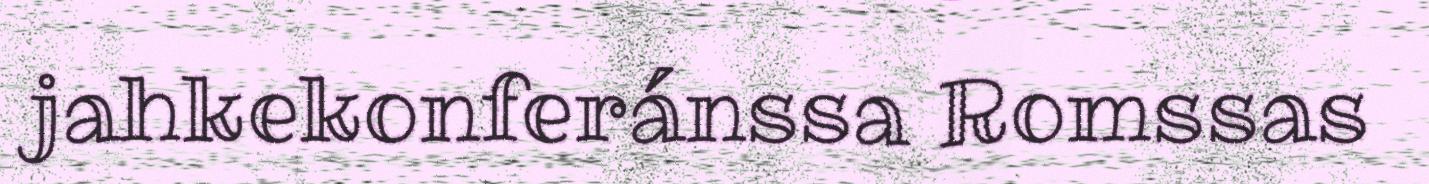
jahkekonferánssa Romssas